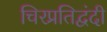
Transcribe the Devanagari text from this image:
चिरप्रतिद्वंदी